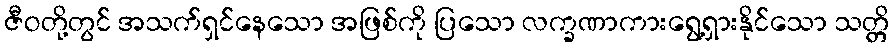
ဇီဝတို့တွင် အသက်ရှင်နေသော အဖြစ်ကို ပြသော လက္ခဏာကားရွေ့ရှားနိုင်သော သတ္တိ